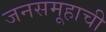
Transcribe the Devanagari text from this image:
जनसमूहाची